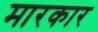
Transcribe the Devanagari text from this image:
मारकार